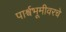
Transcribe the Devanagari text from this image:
पार्श्वभूमीवरचे